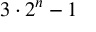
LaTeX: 3 \cdot 2 ^ { n } - 1